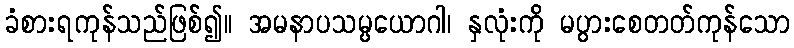
ခံစားရကုန်သည်ဖြစ်၍။ အမနာပသမ္ပယောဂါ၊ နှလုံးကို မပွားစေတတ်ကုန်သော